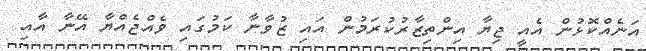
އަނެއްކޮޅުން އެއީ ޖިޔާ އިންތިޒާރުކުރަމުން އައި ޒުވާނާ ކަމުގައި ވެއްޖެއްޔާ އޭނާ އާއި